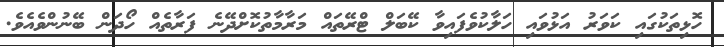
ހޮޅިތަކުގައި ކަވަރު އަޅުވައި ހަލާކުވެފައިވާ ކޭބަލް ޓްރޭތައް މަރާމާތުކޮށްދޭނެ ފަރާތެއް ހޯދަން ބޭނުންވެއެވެ.